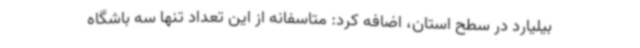
بیلیارد در سطح استان، اضافه کرد: متاسفانه از این تعداد تنها سه باشگاه